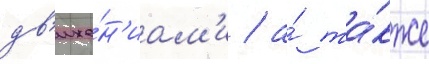
дв'иже́н'иам'и / а́ та́кже